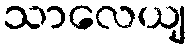
သာလေယျ